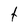
Character: t